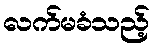
လက်မခံသည့်